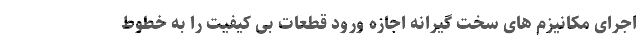
اجرای مکانیزم های سخت گیرانه اجازه ورود قطعات بی کیفیت را به خطوط